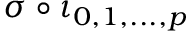
\sigma \circ \iota _ { 0 , 1 , . . . , p }